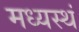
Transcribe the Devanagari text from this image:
मध्यस्थं